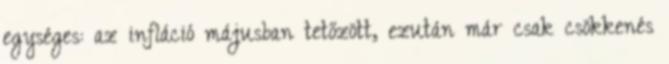
egységes: az infláció májusban tetőzött, ezután már csak csökkenés